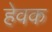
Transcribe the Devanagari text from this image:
हेवक